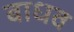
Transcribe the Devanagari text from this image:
बाधव